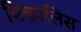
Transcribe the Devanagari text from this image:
मिकालिस